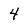
Character: 4